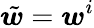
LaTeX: \tilde{\boldsymbol{w}}=\boldsymbol{w}^{i}